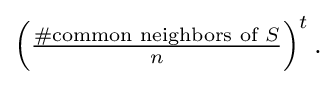
{\textstyle \left({\frac {\#{\text{common neighbors of }}S}{n}}\right)^{t}.}